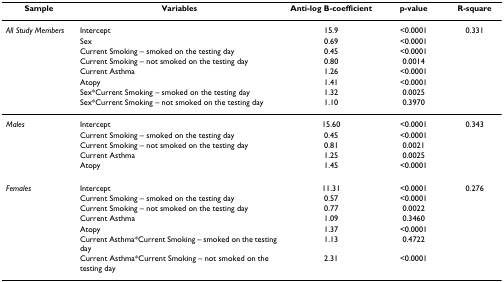
<table><thead><tr><td><b>Sample</b></td><td><b>Variables</b></td><td><b>Anti-log B-coefficient</b></td><td><b>p-value</b></td><td><b>R-square</b></td></tr></thead><tbody><tr><td><i>All Study Members</i></td><td>Intercept</td><td>15.9</td><td>&lt;0.0001</td><td>0.331</td></tr><tr><td></td><td>Sex</td><td>0.69</td><td>&lt;0.0001</td><td></td></tr><tr><td></td><td>Current Smoking – smoked on the testing day</td><td>0.45</td><td>&lt;0.0001</td><td></td></tr><tr><td></td><td>Current Smoking – not smoked on the testing day</td><td>0.80</td><td>0.0014</td><td></td></tr><tr><td></td><td>Current Asthma</td><td>1.26</td><td>&lt;0.0001</td><td></td></tr><tr><td></td><td>Atopy</td><td>1.41</td><td>&lt;0.0001</td><td></td></tr><tr><td></td><td>Sex*Current Smoking – smoked on the testing day</td><td>1.32</td><td>0.0025</td><td></td></tr><tr><td></td><td>Sex*Current Smoking – not smoked on the testing day</td><td>1.10</td><td>0.3970</td><td></td></tr><tr><td><i>Males</i></td><td>Intercept</td><td>15.60</td><td>&lt;0.0001</td><td>0.343</td></tr><tr><td></td><td>Current Smoking – smoked on the testing day</td><td>0.45</td><td>&lt;0.0001</td><td></td></tr><tr><td></td><td>Current Smoking – not smoked on the testing day</td><td>0.81</td><td>0.0021</td><td></td></tr><tr><td></td><td>Current Asthma</td><td>1.25</td><td>0.0025</td><td></td></tr><tr><td></td><td>Atopy</td><td>1.45</td><td>&lt;0.0001</td><td></td></tr><tr><td><i>Females</i></td><td>Intercept</td><td>11.31</td><td>&lt;0.0001</td><td>0.276</td></tr><tr><td></td><td>Current Smoking – smoked on the testing day</td><td>0.57</td><td>&lt;0.0001</td><td></td></tr><tr><td></td><td>Current Smoking – not smoked on the testing day</td><td>0.77</td><td>0.0022</td><td></td></tr><tr><td></td><td>Current Asthma</td><td>1.09</td><td>0.3460</td><td></td></tr><tr><td></td><td>Atopy</td><td>1.37</td><td>&lt;0.0001</td><td></td></tr><tr><td></td><td>Current Asthma*Current Smoking – smoked on the testing day</td><td>1.13</td><td>0.4722</td><td></td></tr><tr><td></td><td>Current Asthma*Current Smoking – not smoked on the testing day</td><td>2.31</td><td>&lt;0.0001</td><td></td></tr></tbody></table>